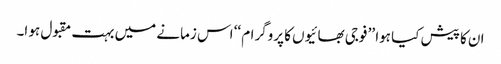
ان کا پیش کیا ہوا ’’ فوجی بھائیوں کا پروگرام ‘‘ اس زمانے میں بہت مقبول ہو ا۔